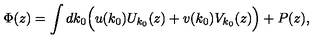
\Phi ( z ) = \int d k _ { 0 } \Bigl ( u ( k _ { 0 } ) U _ { k _ { 0 } } ( z ) + v ( k _ { 0 } ) V _ { k _ { 0 } } ( z ) \Bigr ) + P ( z ) ,